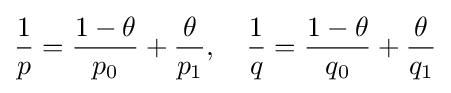
{\frac {1}{p}}={\frac {1-\theta }{p_{0}}}+{\frac {\theta }{p_{1}}},\quad {\frac {1}{q}}={\frac {1-\theta }{q_{0}}}+{\frac {\theta }{q_{1}}}